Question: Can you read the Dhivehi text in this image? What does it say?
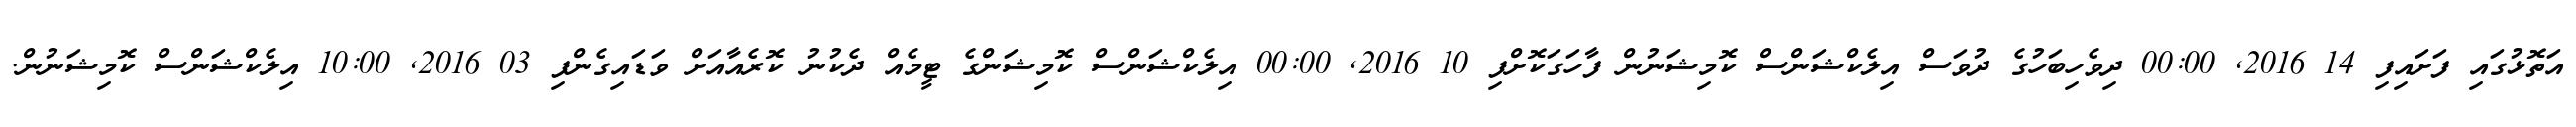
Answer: އަތޮޅުގައި ފަށައިފި 14 2016, 00:00 ދިވެހިބަހުގެ ދުވަސް އިލެކްޝަންސް ކޮމިޝަނުން ފާހަގަކޮށްފި 10 2016, 00:00 އިލެކްޝަންސް ކޮމިޝަންގެ ޓީމެއް ދެކުނު ކޮރެއާއަށް ވަޑައިގެންފި 03 2016, 10:00 އިލެކްޝަންސް ކޮމިޝަނުން.